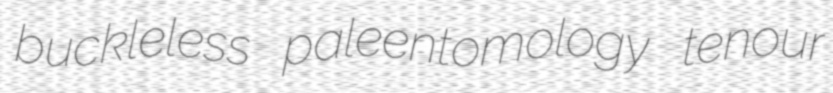
buckleless paleentomology tenour